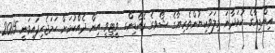
އިންޑިއާގެ ކުޅަދާނަ މިލަވަކިޔުންތެރިޔާގެ ޝޯވގެ ރެކޯޑިންގ ވީޓީވީ އިން ދެއްކުމަށް ހަމަޖެހިފައިވަނީ 2015